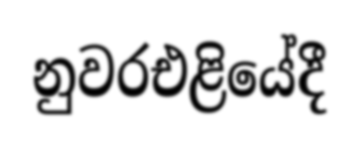
නුවරඑළියේදී